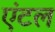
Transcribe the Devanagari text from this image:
एंटल